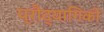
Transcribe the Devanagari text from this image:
प्रौद्यागिकी